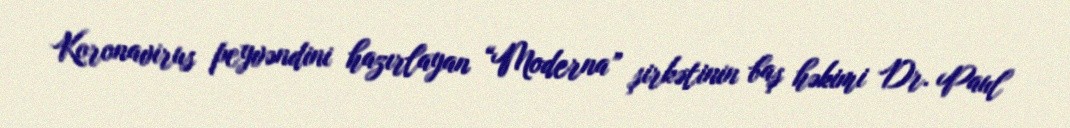
Koronavirus peyvəndini hazırlayan “Moderna” şirkətinin baş həkimi Dr. Paul